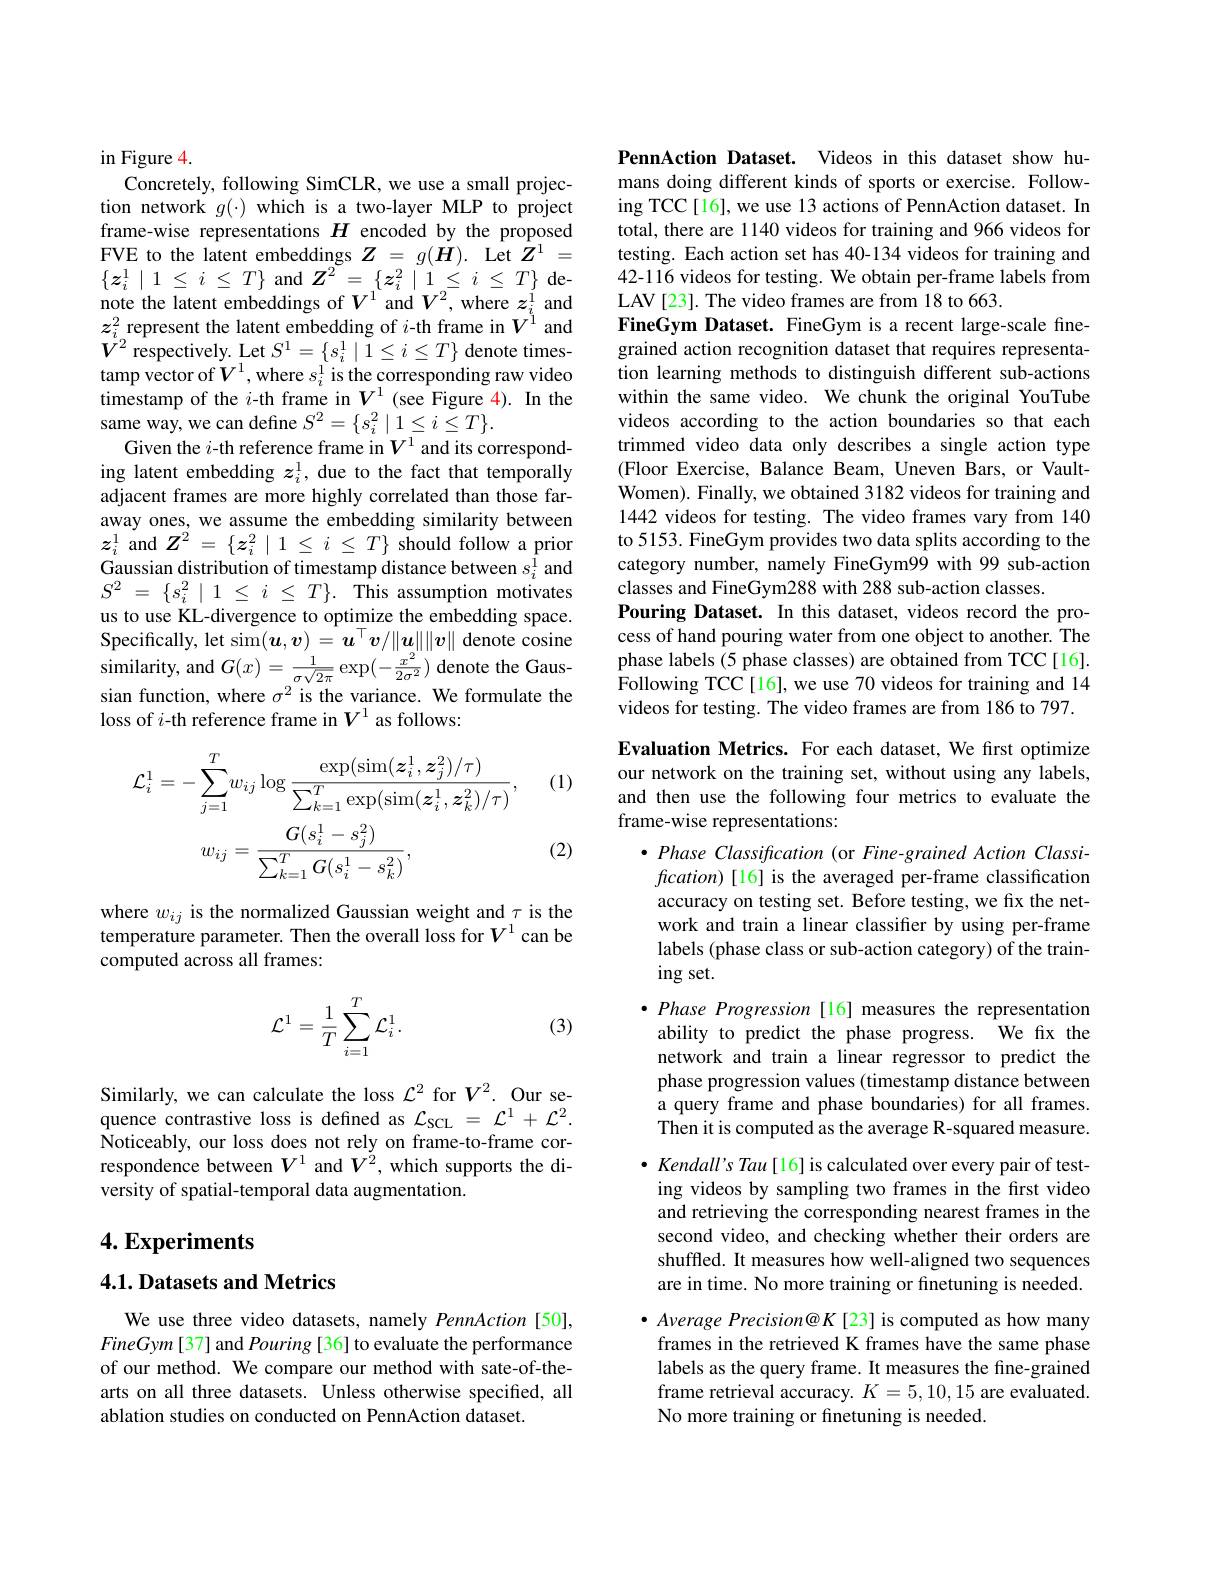
in Figure 4.
Concretely, following SimCLR, we use a small projection network $g(\cdot)$ which is a two-layer MLP to project frame-wise representations $H$ encoded by the proposed FVE to the latent embeddings $Z=g(\dot{\boldsymbol{H}}).$ Let $\hat{\boldsymbol{Z}}^1=$ $\{z_{i}^{1}\mid1\leq i\leq T\}$and$Z^2=\{z_{i}^{2}\mid1\leq i\leq T\}$denote the latent embeddings of $V^1$ and $V^2$, where $z_i^{1}$ and $z_{i}^2$ represent the latent embedding of $i$-th frame in $V^1$ and $V^{2}\mathop{\text{respectively. Let }S}^{1}=\{s_{i}^{1}\mid\dot{1}\leq i\leq T\}\mathop{\text{denote times-}}$ tamp vector of $V^{1}$,where $s_i^{1}$ is the corresponding raw video $\hat{\text{timestamp of the }i}$-th frame in $V^1$ (see Figure 4).In the same way, we can define $S^2=\{s_i^2\mid1\leq i\leq T\}.$
Given the $i$-th reference frame in $V^1$ and its corresponding latent embedding $z_i^1$, due to the fact that temporally adjacent frames are more highly correlated than those faraway ones, we assume the embedding similarity between $z_i^1$ and $Z^2=\{z_i^2\mid1\leq i\leq T\}$ should follow a prior Gaussian distribution of timestamp distance between $s_i^{\hat{1}}$ and $S^{2}$ = $\{ s_{i}^{2}$ | 1 $\leq$ $i$ $\leq$ $T\} .$ This assumption motivates us to use KL-divergence to optimize the embedding space. Specifically, let sim$(\boldsymbol u,\boldsymbol v)=\boldsymbol u^\top\boldsymbol v/\|\boldsymbol u_{\underset{g}{\operatorname*{\|}}}\|\boldsymbol v\|$ denote cosine $\operatorname{similarity,~and~}G(x)=\frac{1}{\sigma\sqrt{2\pi}}\exp(-\frac{x^{2}}{2\sigma^{2}})$ denote the Gaussian function, where $\sigma^{2}$ is the variance. We formulate the loss of $i$-th reference frame in $V^1$ as follows:

(1)
$$\begin{aligned}\mathcal{L}_{i}^{1}&=-\sum_{j=1}^{T}w_{ij}\log\frac{\exp(\sin(\boldsymbol{z}_{i}^{1},\boldsymbol{z}_{j}^{2})/\tau)}{\sum_{k=1}^{T}\exp(\sin(\boldsymbol{z}_{i}^{1},\boldsymbol{z}_{k}^{2})/\tau)},\\w_{ij}&=\frac{G(s_{i}^{1}-s_{j}^{2})}{\sum_{k=1}^{T}G(s_{i}^{1}-s_{k}^{2})},\end{aligned}$$
(2)

where $w_{ij}$ is the normalized Gaussian weight and $\tau$ is the temperature parameter. Then the overall loss for $V^{1}$ can be computed across all frames:

(3)
$$\mathcal{L}^1=\frac{1}{T}\sum_{i=1}^T\mathcal{L}_i^1.$$
Similarly, we can calculate the loss $\mathcal{L}^2$ for $V^2.$ Our sequence contrastive loss is defined as $\mathcal{L}_\mathrm{SCL}=\mathcal{L}^1+\mathcal{L}^2.$ Noticeably, our loss does not rely on frame-to-frame correspondence between $V^{1}$ and $V^{\acute{2}}$, which supports the diversity of spatial-temporal data augmentation.

# 4. Experiments

### 4.1. Datasets and Metrics

We use three video datasets, namely PennAction [50], $FineGym\left[37\right]$and Pouring [36] to evaluate the performance of our method. We compare our method with sate-of-thearts on all three datasets. Unless otherwise specified, all ablation studies on conducted on PennAction dataset.

PennAction Dataset. Videos in this dataset show humans doing different kinds of sports or exercise. Following TCC[16], we use 13 actions of PennAction dataset. In total, there are 1140 videos for training and 966 videos for testing. Each action set has 40-134 videos for training and 42-116 videos for testing. We obtain per-frame labels from LAV[23]. The video frames are from 18 to 663.
FineGym Dataset. FineGym is a recent large-scale finegrained action recognition dataset that requires representation learning methods to distinguish different sub-actions within the same video. We chunk the original YouTube videos according to the action boundaries so that each trimmed video data only describes a single action type (Floor Exercise, Balance Beam, Uneven Bars, or VaultWomen). Finally, we obtained 3182 videos for training and 1442 videos for testing. The video frames vary from 140 to 5153. FineGym provides two data splits according to the category number, namely FineGym99 with 99 sub-action classes and FineGym288 with 288 sub-action classes.
Pouring Dataset. In this dataset, videos record the process of hand pouring water from one object to another. The phase labels (5 phase classes) are obtained from TCC[16]. $\hat{\text{Following TCC[16], we use 70 videos for training and 14}}$ videos for testing. The video frames are from 186 to 797.

Evaluation Metrics. For each dataset, We first optimize our network on the training set, without using any labels, and then use the following four metrics to evaluate the frame-wise representations:

$\bullet PhaseClassification$ (or Fine-grained Action Classification) [16] is the averaged per-frame classification accuracy on testing set. Before testing, we fix the network and train a linear classifier by using per-frame labels (phase class or sub-action category) of the train- $ingset.$
$\bullet Phase\textit{ Progression[ 16] measures the representation}$ ability to predict the phase progress. We fix the network and train a linear regressor to predict the phase progression values (timestamp distance between a query frame and phase boundaries) for all frames. Then it is computed as the average R-squared measure. $\bullet$ Kendall's Tau[16] is calculated over every pair of testing videos by sampling two frames in the first video and retrieving the corresponding nearest frames in the second video, and checking whether their orders are shuffled. It measures how well-aligned two sequences are in time. No more training or finetuning is needed. $\bullet$ Average Precision@K[23] is computed as how many frames in the retrieved K frames have the same phase labels as the query frame. It measures the fine-grained frame retrieval accuracy. $K=5,10,15$ are evaluated. No more training or finetuning is needed.